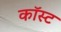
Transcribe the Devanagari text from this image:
कॉस्‍ट